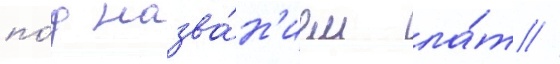
по́д назва́н'ием ла́т //